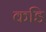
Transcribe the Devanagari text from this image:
कडि